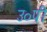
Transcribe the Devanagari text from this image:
उ०पी